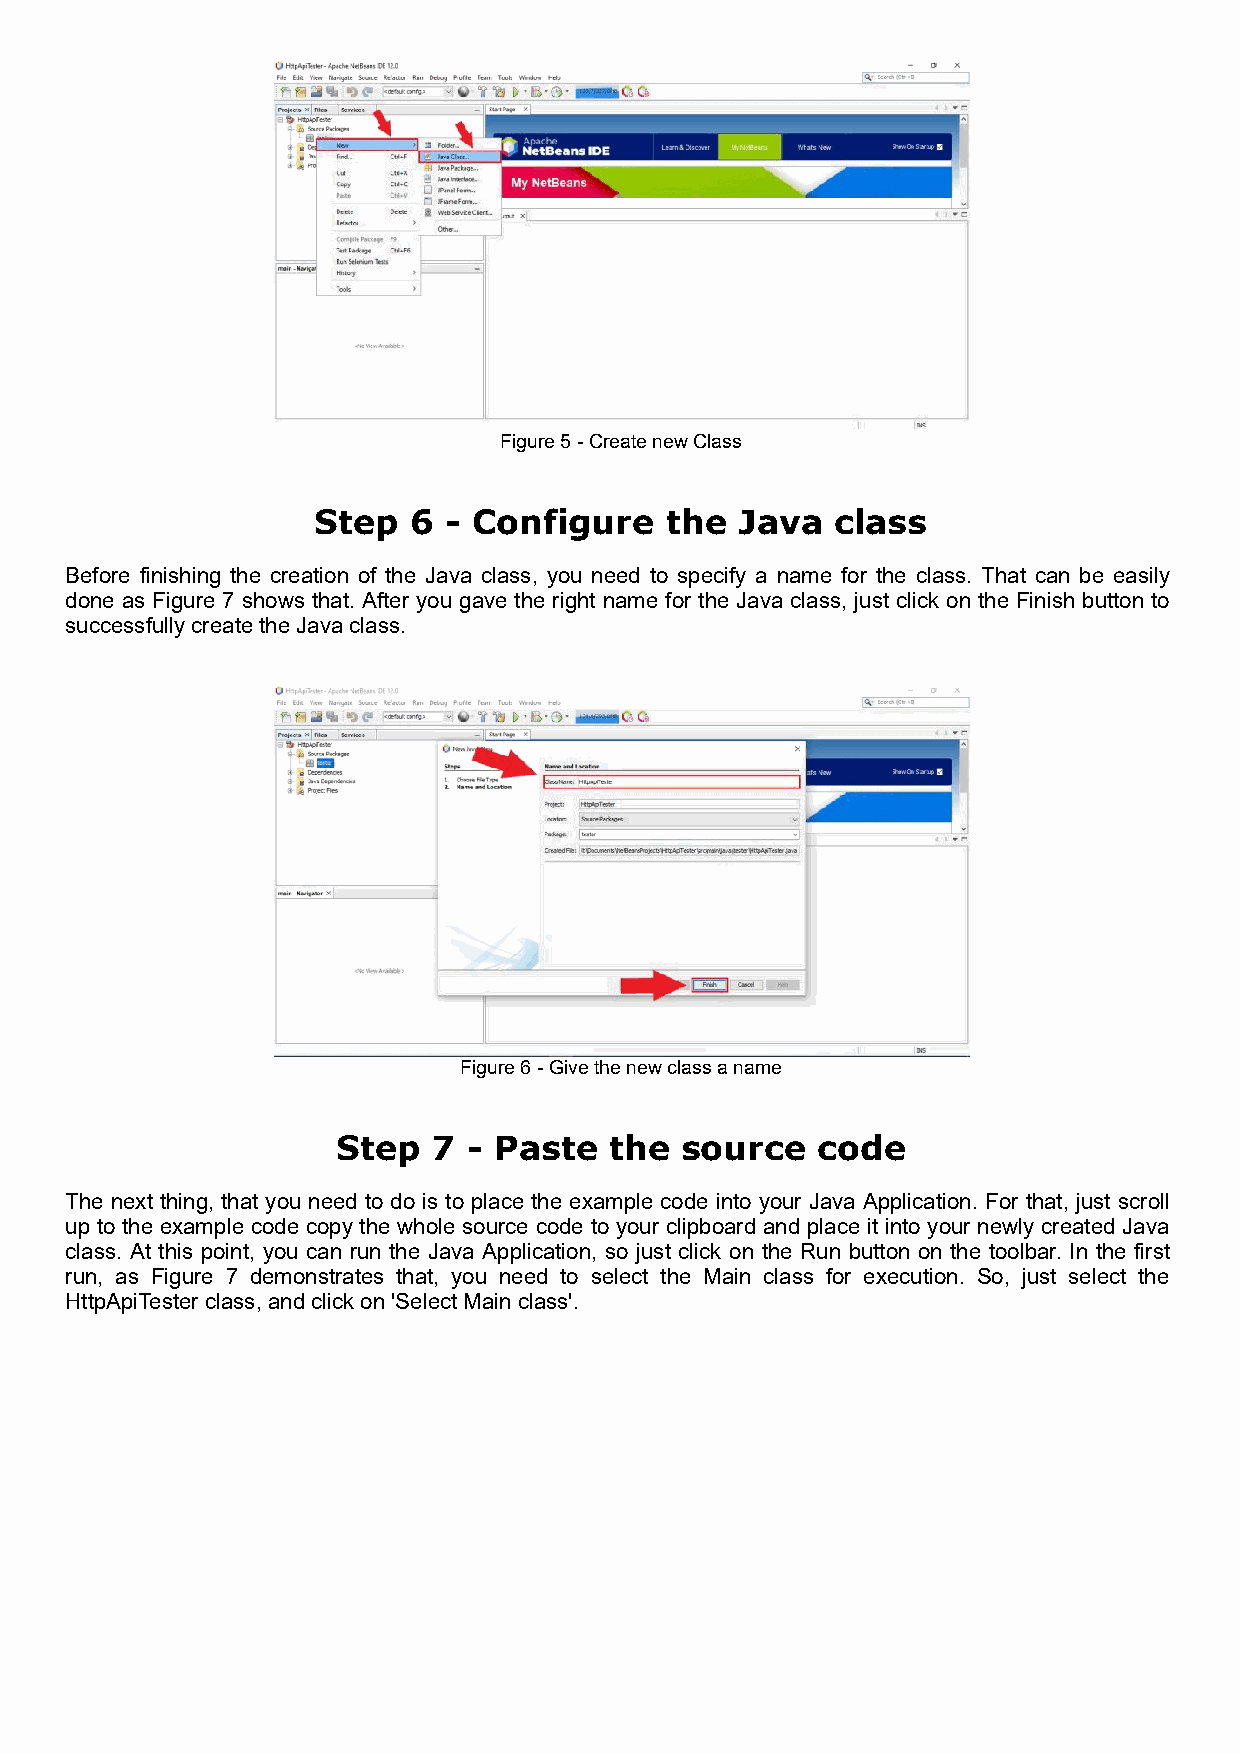
Figure 5 - Create new Class
 Step  6 - Configure    the  Java  class
 Before finishing the creation of the Java class, you need to specify a name for the class. That can be easily
 done as Figure 7 shows that. After you gave the right name for the Java class, just click on the Finish button to
 successfully create the Java class.
 Figure 6 - Give the new class a name
 Step   7 - Paste  the  source   code
 The next thing, that you need to do is to place the example code into your Java Application. For that, just scroll
 up to the example code copy the whole source code to your clipboard and place it into your newly created Java
 class. At this point, you can run the Java Application, so just click on the Run button on the toolbar. In the first
 run, as Figure 7 demonstrates that, you need to select the Main class for execution. So, just select the
 HttpApiTester class, and click on 'Select Main class'.